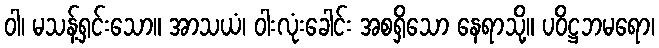
ဝါ၊ မသန့်ရှင်းသော။ အာသယံ၊ ဝါးလုံးခေါင်း အစရှိသော နေရာသို့။ ပဝိဋ္ဌဘမရော၊